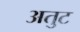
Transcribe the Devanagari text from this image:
अतुट